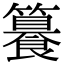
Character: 𥶉